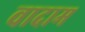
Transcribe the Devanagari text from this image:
वादाम